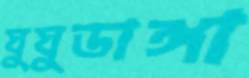
ঘুঘুডাঙ্গা